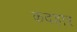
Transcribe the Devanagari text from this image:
कदहार